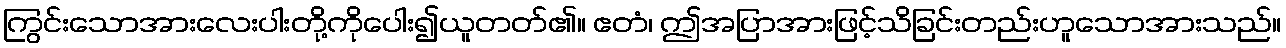
ကြွင်းသောအားလေးပါးတို့ကိုပေါး၍ယူတတ်၏။ ဧတံ၊ ဤအပြာအားဖြင့်သိခြင်းတည်းဟူသောအားသည်။